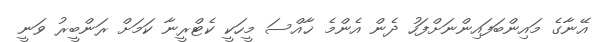
އޭނާގެ މައިންބަފައިންނަށްފަހު ދެން އެންމެ ޚާއްސަ މީހަކީ ކެޓްރީނާ ކަމަށް ރަންބީރު ވަނީ